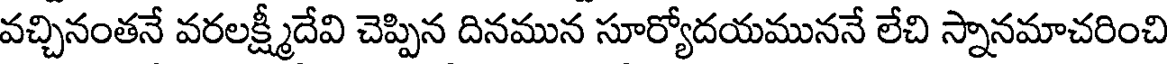
వచ్చినంతనే వరలక్ష్మీదేవి చెప్పిన దినమున సూర్యోదయముననే లేచి స్నానమాచరించి